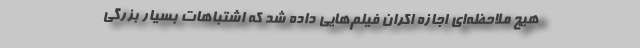
هیچ ملاحظه‌ای اجازه اکران فیلم‌هایی داده شد که اشتباهات بسیار بزرگی